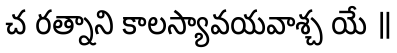
చ రత్నాని కాలస్యావయవాశ్చ యే ॥